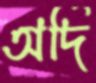
অর্দি